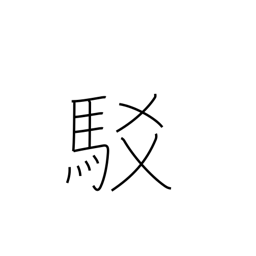
Meaning: refutation